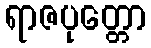
ရာဇပုတ္တော